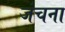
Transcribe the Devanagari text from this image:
जंचना